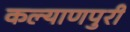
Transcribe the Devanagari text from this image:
कल्याणपुरी